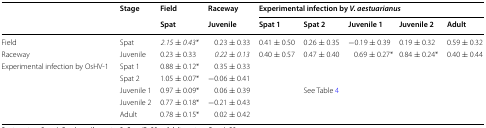
| <ROWSPAN=2>  | <ROWSPAN=2> Stage | Field | Raceway | <COLSPAN=5> Experimental infection by V. aestuarianus |
 | Spat | Juvenile | Spat 1 | Spat 2 | Juvenile 1 | Juvenile 2 | Adult |
 | --- | --- | --- | --- | --- | --- | --- | --- | --- |
 | Field | Spat | 2.15 ± 0.43* | 0.23 ± 0.33 | 0.41 ± 0.50 | 0.26 ± 0.35 | −0.19 ± 0.39 | 0.19 ± 0.32 | 0.59 ± 0.32 |
 | Raceway | Juvenile | 0.23 ± 0.33 | 0.22 ± 0.13 | 0.40 ± 0.57 | 0.47 ± 0.40 | 0.69 ± 0.27* | 0.84 ± 0.24* | 0.40 ± 0.44 |
 | <ROWSPAN=5> Experimental infection by OsHV-1 | Spat 1 | 0.88 ± 0.12* | 0.35 ± 0.33 |  |  |  |  |  |
 | Spat 2 | 1.05 ± 0.07* | −0.06 ± 0.41 |  |  |  |  |  |
 | Juvenile 1 | 0.97 ± 0.09* | 0.06 ± 0.39 |  | See Table 4 |  |  |  |
 | Juvenile 2 | 0.77 ± 0.18* | −0.21 ± 0.43 |  |  |  |  |  |
 | Adult | 0.78 ± 0.15* | 0.02 ± 0.42 |  |  |  |  |  |